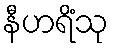
နီဟရိံသု